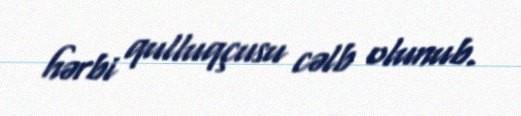
hərbi qulluqçusu cəlb olunub.